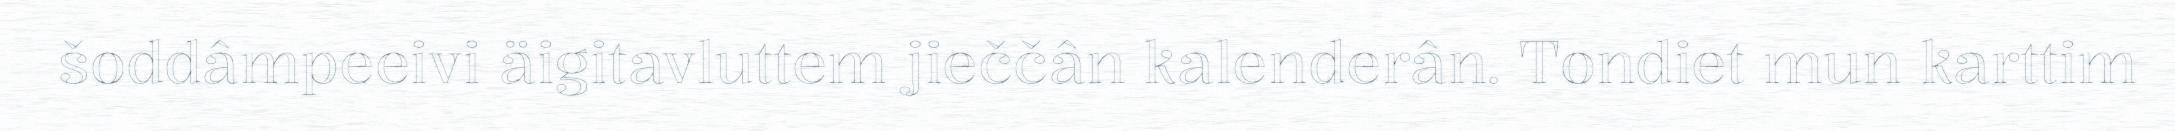
šoddâmpeeivi äigitavluttem jieččân kalenderân. Tondiet mun karttim